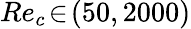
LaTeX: Re_{c}\! \in\! (50,2000)